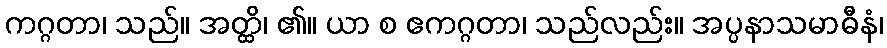
ကဂ္ဂတာ၊ သည်။ အတ္ထိ၊ ၏။ ယာ စ ဧကဂ္ဂတာ၊ သည်လည်း။ အပ္ပနာသမာဓီနံ၊